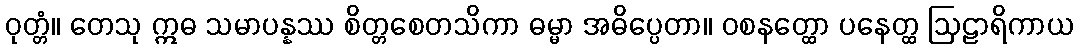
ဝုတ္တံ။ တေသု ဣဓ သမာပန္နဿ စိတ္တစေတသိကာ ဓမ္မာ အဓိပ္ပေတာ။ ဝစနတ္ထော ပနေတ္ထ ဩဠာရိကာယ